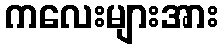
ကလေးများအား